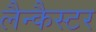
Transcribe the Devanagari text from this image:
लैन्कैस्टर